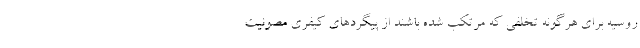
روسیه برای هرگونه تخلفی که مرتکب شده‌ باشند از پیگردهای کیفری مصونیت